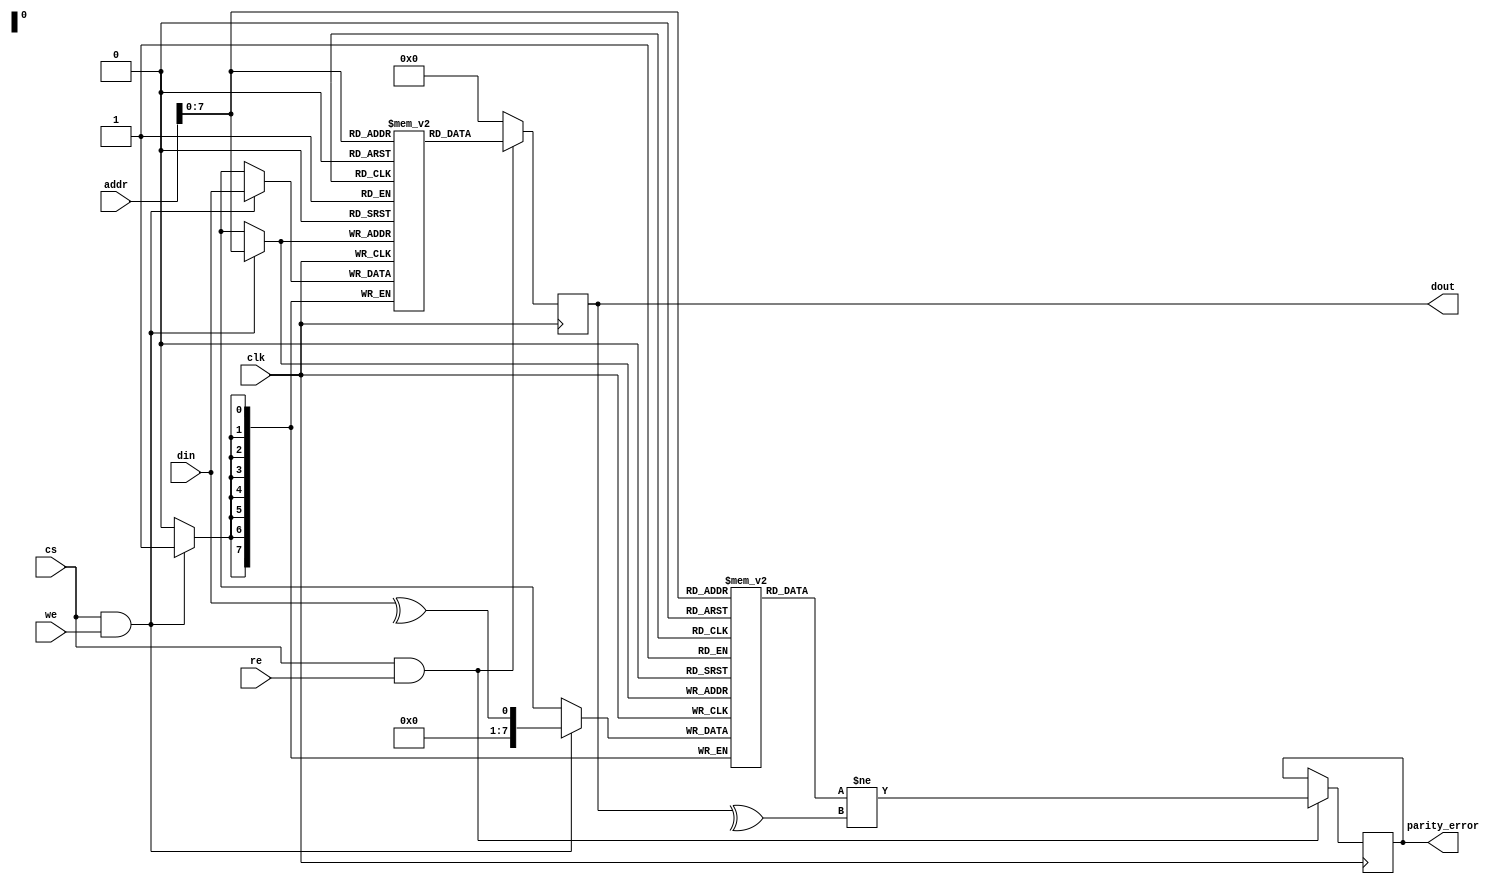
module ScratchpadMemory #(
    parameter MEM_SIZE = 256, // Configurable memory size in bytes
    parameter DATA_WIDTH = 8   // Configurable data width (8, 16, 32)
)(
    input wire clk,            // Clock signal
    input wire cs,             // Chip Select
    input wire we,             // Write Enable
    input wire re,             // Read Enable
    input wire [MEM_SIZE-1:0] addr, // Address input
    input wire [DATA_WIDTH-1:0] din, // Data input
    output reg [DATA_WIDTH-1:0] dout, // Data output
    output reg parity_error     // Parity error flag (optional)
);

    // Memory array declaration
    reg [DATA_WIDTH-1:0] memory [0:MEM_SIZE-1];
    reg [DATA_WIDTH-1:0] parity_bits [0:MEM_SIZE-1]; // Optional parity storage

    // Initialize memory
    integer i;
    initial begin
        for (i = 0; i < MEM_SIZE; i = i + 1) begin
            memory[i] = {DATA_WIDTH{1'b0}}; // Initialize to zero
            parity_bits[i] = 1'b0; // Initialize parity bits to zero
        end
    end

    // Write operation
    always @(posedge clk) begin
        if (cs && we) begin
            memory[addr] <= din; // Write data to memory
            parity_bits[addr] <= ^din; // Store parity (optional)
        end
    end

    // Read operation
    always @(posedge clk) begin
        if (cs && re) begin
            dout <= memory[addr]; // Read data from memory
            // Optional: Check parity
            parity_error <= (parity_bits[addr] != ^dout);
        end else begin
            dout <= {DATA_WIDTH{1'b0}}; // Default output when not reading
        end
    end

endmodule